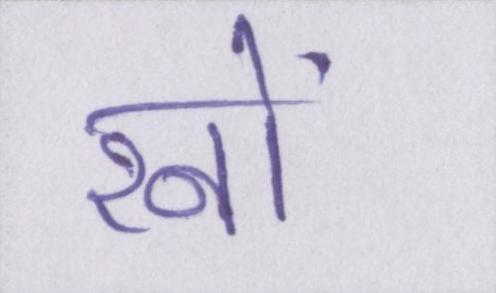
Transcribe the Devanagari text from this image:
रनों